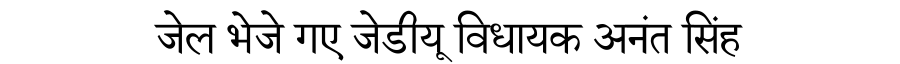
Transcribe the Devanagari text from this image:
जेल भेजे गए जेडीयू विधायक अनंत सिंह